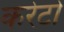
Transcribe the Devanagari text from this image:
करेटो